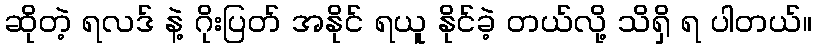
ဆိုတဲ့ ရလဒ် နဲ့ ဂိုးပြတ် အနိုင် ရယူ နိုင်ခဲ့ တယ်လို့ သိရှိ ရ ပါတယ်။